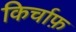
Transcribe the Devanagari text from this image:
किर्चाफ़